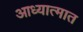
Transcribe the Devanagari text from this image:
आध्यात्मात